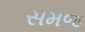
સમજ